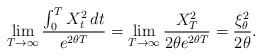
LaTeX: \begin{align*}\lim_{T\to\infty}\frac{\int_0^TX_t^2\,dt}{e^{2\theta T}}=\lim_{T\to\infty}\frac{X_T^2}{2\theta e^{2\theta T}}=\frac{\xi_\theta^2}{2\theta}.\end{align*}